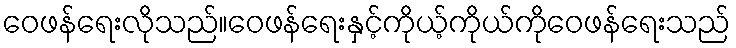
ဝေဖန်ရေးလိုသည်။ဝေဖန်ရေးနှင့်ကိုယ့်ကိုယ်ကိုဝေဖန်ရေးသည်